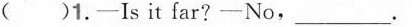
( )1.-Is it far?-No，___.